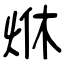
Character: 烌